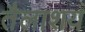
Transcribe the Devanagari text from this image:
तैलाशय